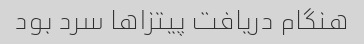
هنگام دریافت پیتزاها سرد بود